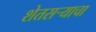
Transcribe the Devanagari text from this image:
शेतसऱ्याचा